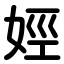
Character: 娙